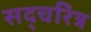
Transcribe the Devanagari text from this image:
सद्चरित्र